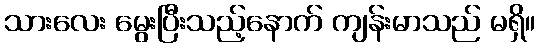
သားလေး မွေးပြီးသည့်နောက် ကျန်းမာသည် မရှိ။